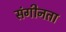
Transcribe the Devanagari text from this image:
संगीनता